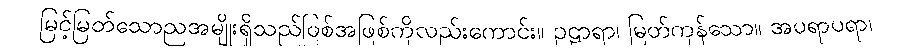
မြင့်မြတ်သောညအမျိုးရှိသည်ဖြစ်အဖြစ်ကိုလည်းကောင်း။ ဥဠာရာ၊ မြတ်ကုန်သော။ အပရာပရာ၊